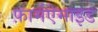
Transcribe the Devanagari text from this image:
फ़ार्मऐमाइड